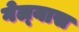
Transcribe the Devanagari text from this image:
गेल्‍यास